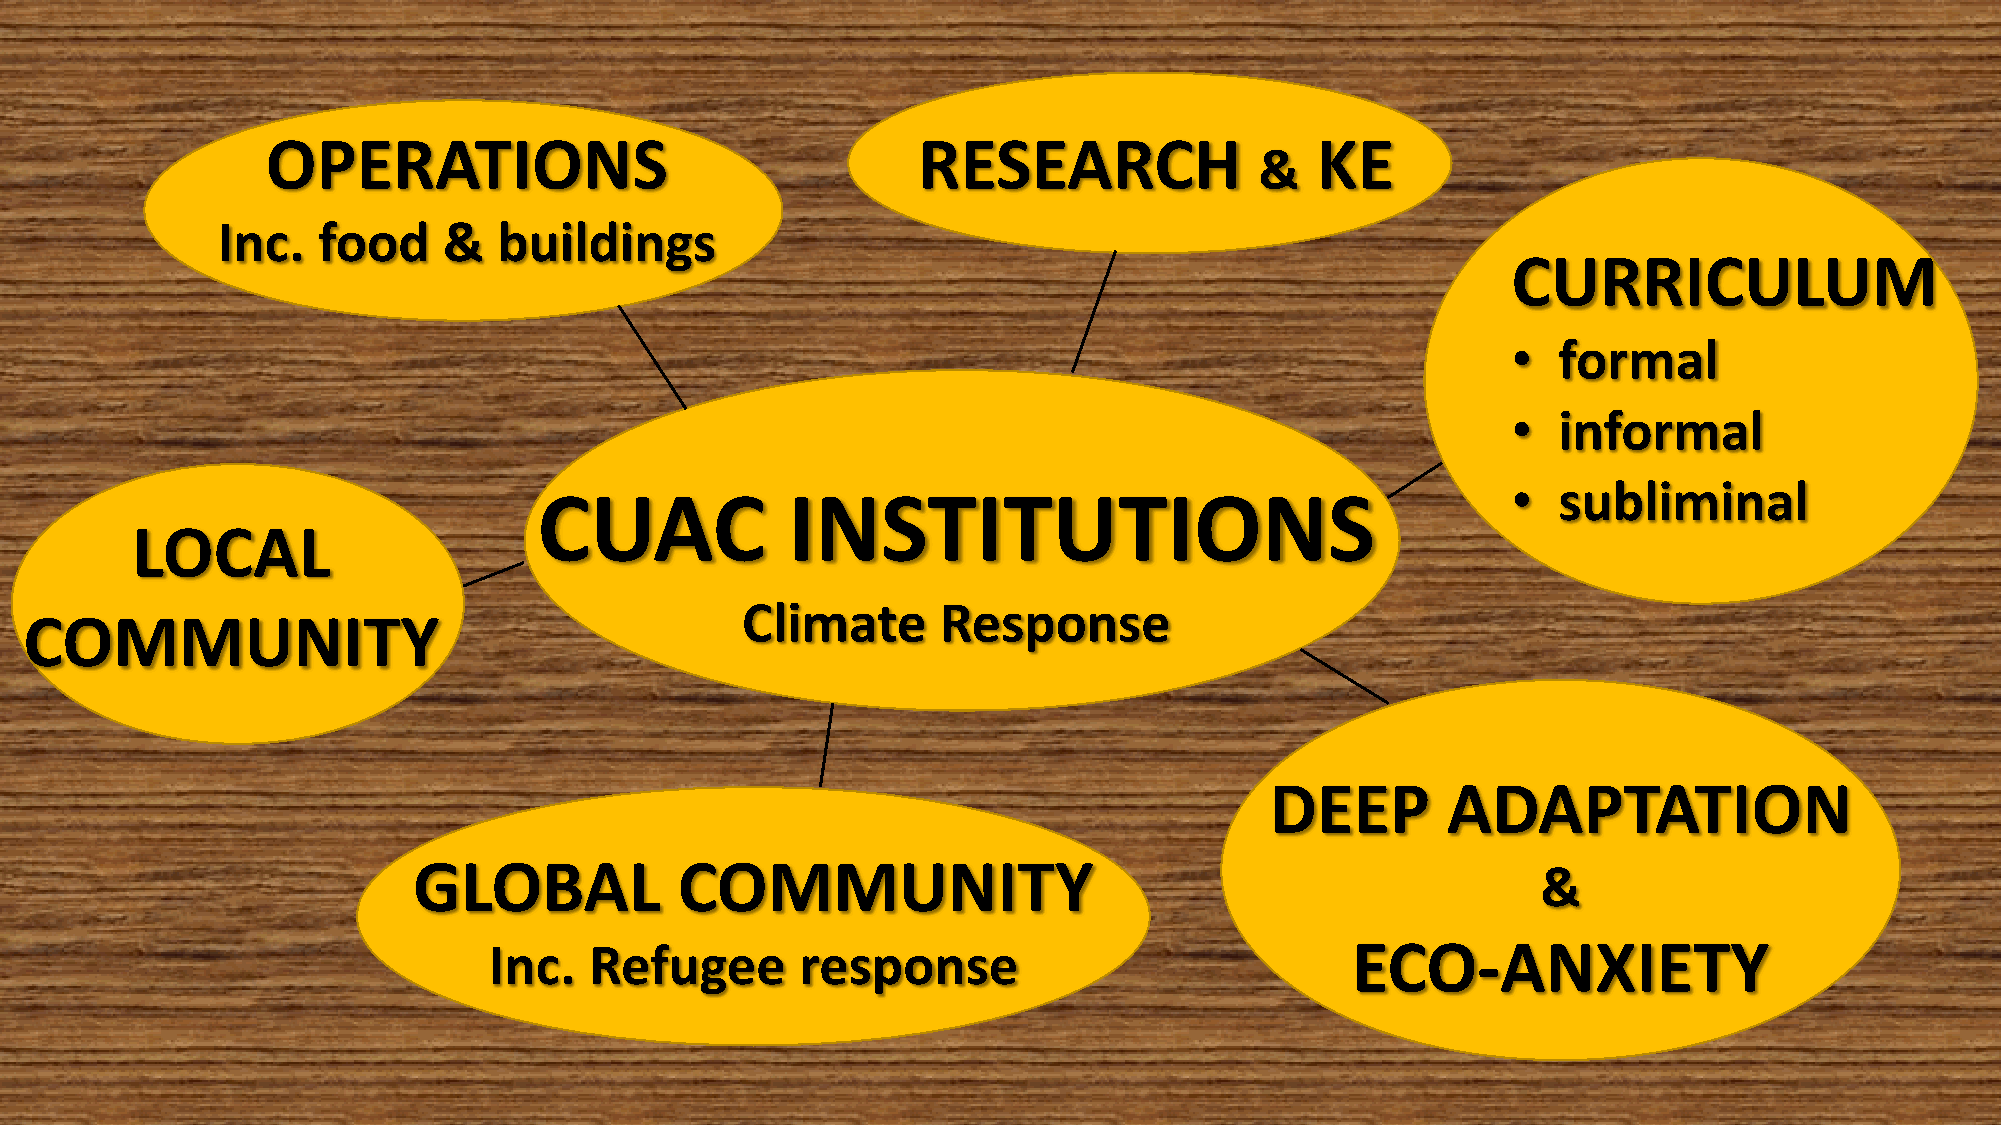
OPERATIONS                                 RESEARCH                  KE
 &
 Inc.   food    &   buildings
 CURRICULUM
 •  formal
 •  informal
 •  subliminal
 CUAC            INSTITUTIONS
 LOCAL
 Climate      Response
 COMMUNITY
 DEEP        ADAPTATION
 GLOBAL            COMMUNITY
 &
 Inc.   Refugee       response                            ECO-ANXIETY